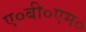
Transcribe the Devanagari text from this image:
ए०बी०एम०